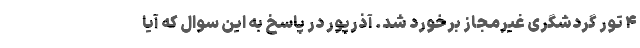
۴ تور گردشگری غیرمجاز برخورد شد. آذرپور در پاسخ به این سوال که آیا